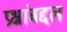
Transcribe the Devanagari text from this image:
प्रश्नांबद्दल